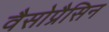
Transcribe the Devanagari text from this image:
वैसोप्रैसिन